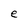
Character: e